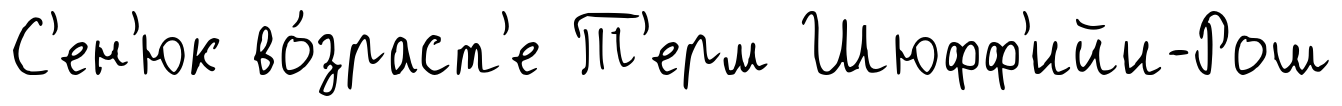
С'ен'юк во́зраст'е Т'ерм Шюфф'ийи-Рош